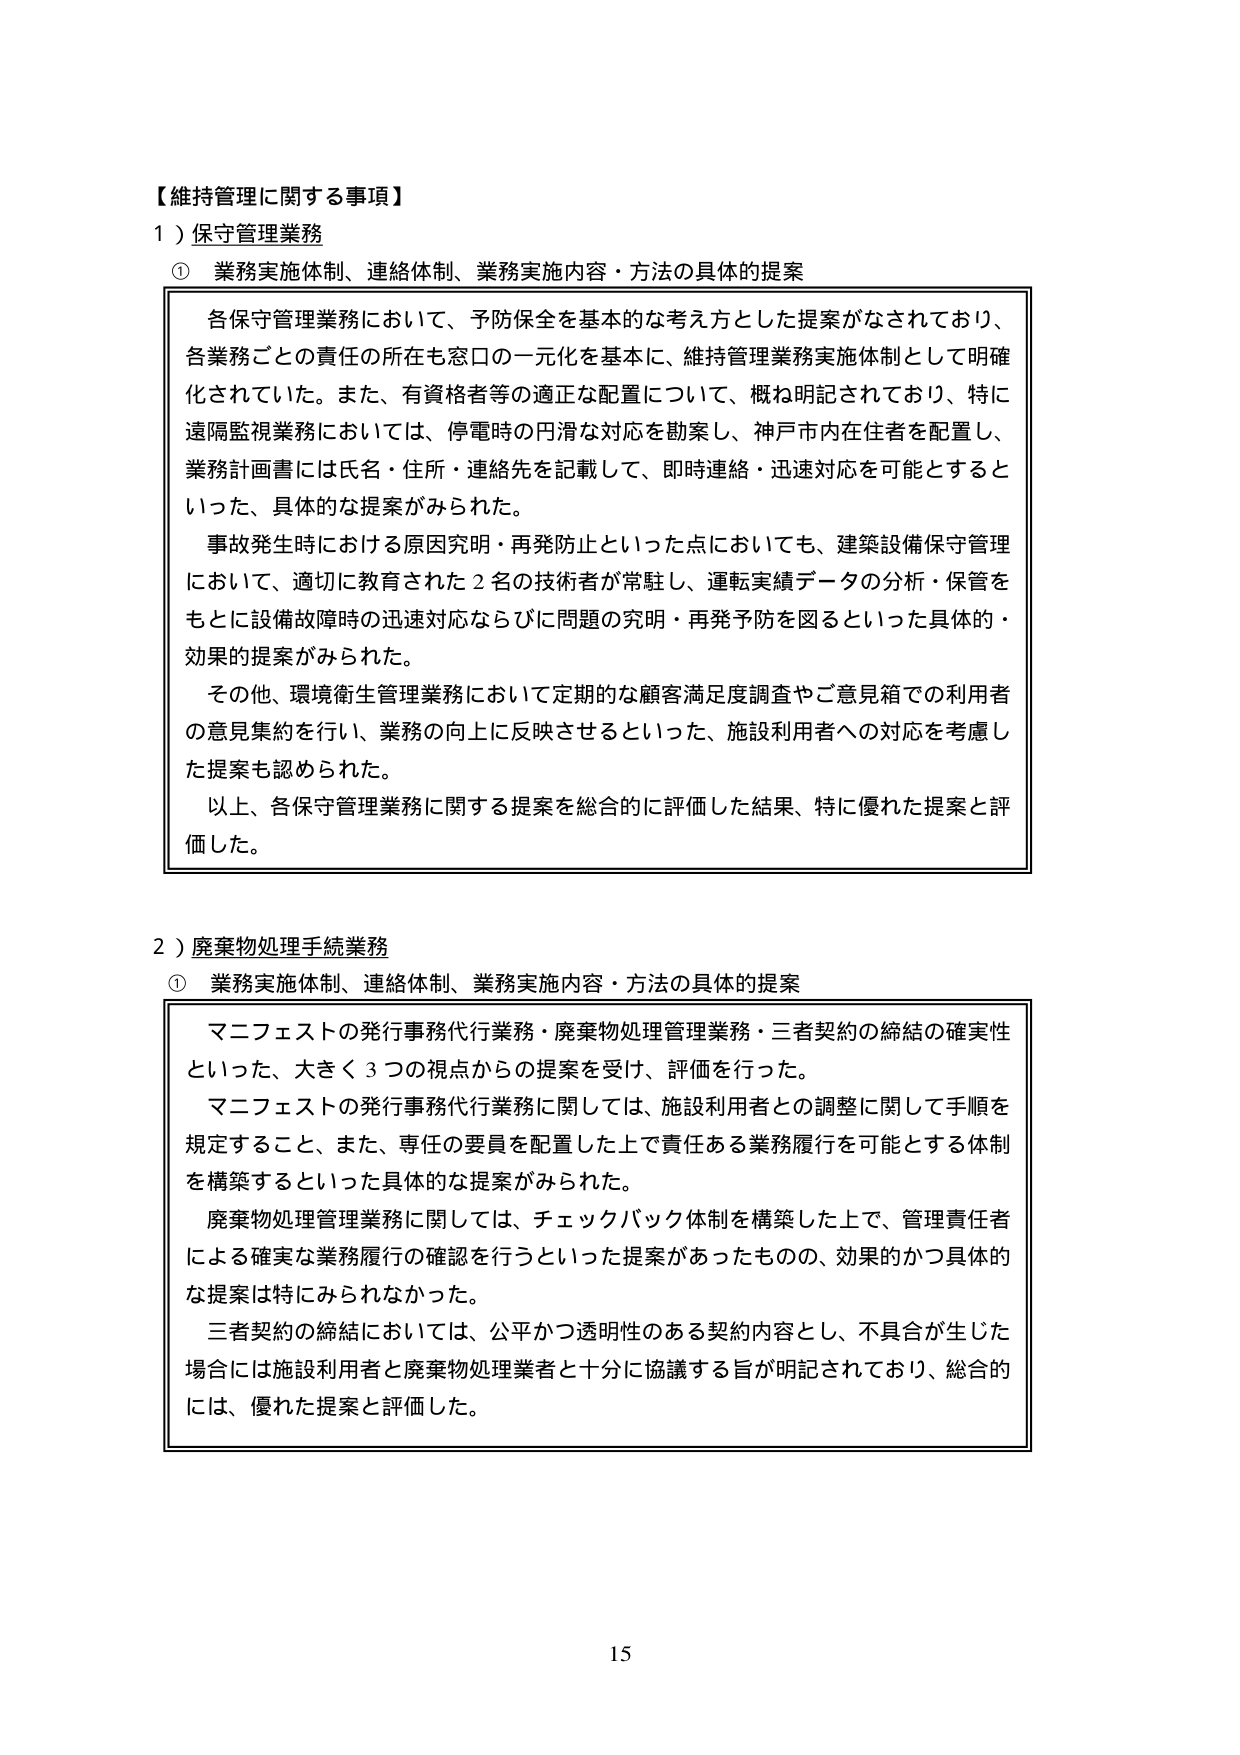
【維持管理に関する事項】
１）保守管理業務
① 業務実施体制、連絡体制、業務実施内容・方法の具体的提案
各保守管理業務において、予防保全を基本的な考え方とした提案がなされており、
各業務ごとの責任の所在も窓口の一元化を基本に、維持管理業務実施体制として明確
化されていた。また、有資格者等の適正な配置について、概ね明記されており、特に
遠隔監視業務においては、停電時の円滑な対応を勘案し、神戸市内在住者を配置し、
業務計画書には氏名・住所・連絡先を記載して、即時連絡・迅速対応を可能とすると
いった、具体的な提案がみられた。
事故発生時における原因究明・再発防止といった点においても、建築設備保守管理
において、適切に教育された２名の技術者が常駐し、運転実績データの分析・保管を
もとに設備故障時の迅速対応ならびに問題の究明・再発予防を図るといった具体的・
効果的提案がみられた。
その他、環境衛生管理業務において定期的な顧客満足度調査やご意見箱での利用者
の意見集約を行い、業務の向上に反映させるといった、施設利用者への対応を考慮し
た提案も認められた。
以上、各保守管理業務に関する提案を総合的に評価した結果、特に優れた提案と評
価した。

２）廃棄物処理手続業務
① 業務実施体制、連絡体制、業務実施内容・方法の具体的提案
マニフェストの発行事務代行業務・廃棄物処理管理業務・三者契約の締結の確実性
といった、大きく３つの視点からの提案を受け、評価を行った。
マニフェストの発行事務代行業務に関しては、施設利用者との調整に関して手順を
規定すること、また、専任の要員を配置した上で責任ある業務履行を可能とする体制
を構築するといった具体的な提案がみられた。
廃棄物処理管理業務に関しては、チェックバック体制を構築した上で、管理責任者
による確実な業務履行の確認を行うといった提案があったものの、効果的かつ具体的
な提案は特にみられなかった。
三者契約の締結においては、公平かつ透明性のある契約内容とし、不具合が生じた
場合には施設利用者と廃棄物処理業者と十分に協議する旨が明記されており、総合的
には、優れた提案と評価した。

15